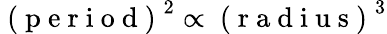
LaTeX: \mathrm{~(~p~e~r~i~o~d~)~}^{2}\propto\mathrm{~(~r~a~d~i~u~s~)~}^{3}